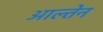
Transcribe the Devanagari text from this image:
आल्तेन